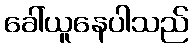
ခေါ်ယူနေပါသည်